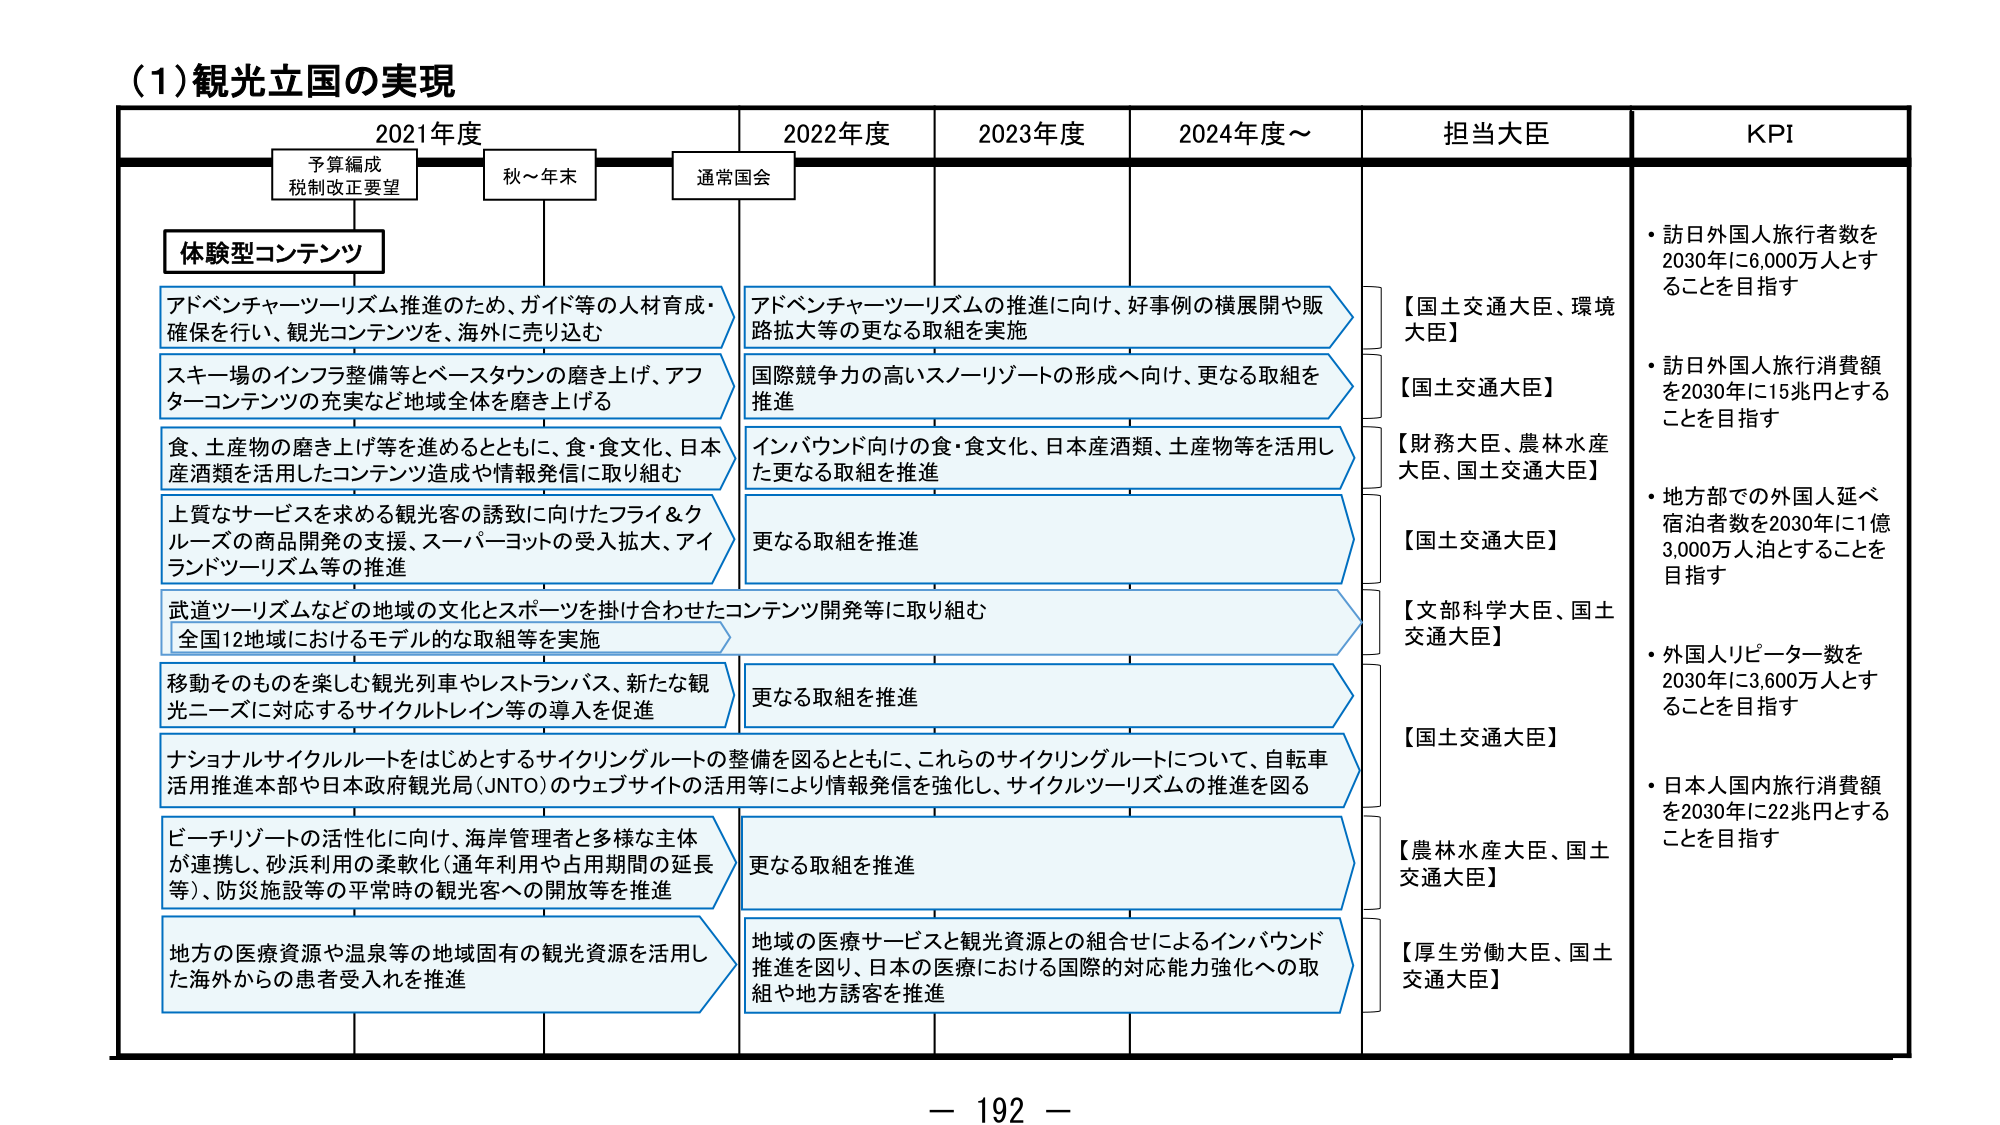
(1) 観光立国の実現

2021年度　　　　　　　2022年度　　　　　2023年度　　　　　2024年度～　　　担当大臣　　　　　KPI

予算編成
税制改正要望　　　　　秋～年末　　　　　通常国会

体験型コンテンツ

アドベンチャーツーリズム推進のため、ガイド等の人材育成・
確保を行い、観光コンテンツを、海外に売り込む

アドベンチャーツーリズムの推進に向け、好事例の横展開や販
路拡大等の更なる取組を実施

【国土交通大臣、環境
大臣】

・訪日外国人旅行者数を
2030年に6,000万人とす
ることを目指す

スキー場のインフラ整備等とベースタウンの磨き上げ、アフ
ターコンテンツの充実など地域全体を磨き上げる

国際競争力の高いスノーリゾートの形成へ向け、更なる取組を
推進

【国土交通大臣】

・訪日外国人旅行消費額
を2030年に15兆円とする
ことを目指す

食、土産物の磨き上げ等を進めるとともに、食・食文化、日本
産酒類を活用したコンテンツ造成や情報発信に取り組む

インバウンド向けの食・食文化、日本産酒類、土産物等を活用し
た更なる取組を推進

【財務大臣、農林水産
大臣、国土交通大臣】

・地方部での外国人延べ
宿泊者数を2030年に1億
3,000万人泊とすることを
目指す

上質なサービスを求める観光客の誘致に向けたフライ＆ク
ルーズの商品開発の支援、スーパーヨットの受入拡大、アイ
ランドツーリズム等の推進

更なる取組を推進

【国土交通大臣】

・外国人リピーター数を
2030年に3,600万人とす
ることを目指す

武道ツーリズムなどの地域の文化とスポーツを掛け合わせたコンテンツ開発等に取り組む
全国12地域におけるモデル的な取組等を実施

【文部科学大臣、国土
交通大臣】

移動そのものを楽しむ観光列車やレストランバス、新たな観
光ニーズに対応するサイクルトレイン等の導入を促進

更なる取組を推進

【国土交通大臣】

・日本人国内旅行消費額
を2030年に22兆円とする
ことを目指す

ナショナルサイクルルートをはじめとするサイクリングルートの整備を図るとともに、これらのサイクリングルートについて、自転車
活用推進本部や日本政府観光局（JNTO）のウェブサイトの活用等により情報発信を強化し、サイクルツーリズムの推進を図る

ビーチリゾートの活性化に向け、海岸管理者と多様な主体
が連携し、砂浜利用の柔軟化（通年利用や占用期間の延長
等）、防災施設等の平常時の観光客への開放等を推進

更なる取組を推進

【農林水産大臣、国土
交通大臣】

地方の医療資源や温泉等の地域固有の観光資源を活用し
た海外からの患者受入れを推進

地域の医療サービスと観光資源との組合せによるインバウンド
推進を図り、日本の医療における国際的対応能力強化への取
組や地方誘客を推進

【厚生労働大臣、国土
交通大臣】

－ 192 －